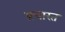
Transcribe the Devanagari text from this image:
प्रचारत